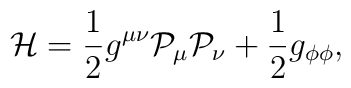
{\cal H}=\frac{1}{2}g^{\mu\nu}{\cal P}_\mu{\cal P}_\nu+\frac{1}{2}g_{\phi\phi},